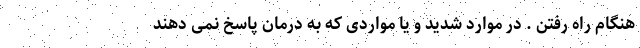
هنگام راه رفتن . در موارد شدید و یا مواردی که به درمان پاسخ نمی دهند